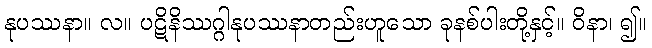
နုပဿနာ။ လ။ ပဋိနိဿဂ္ဂါနုပဿနာတည်းဟူသော ခုနစ်ပါးတို့နှင့်။ ဝိနာ၊ ၍။